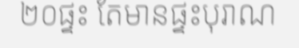
២០ផ្ទះ តែមានផ្ទះបុរាណ